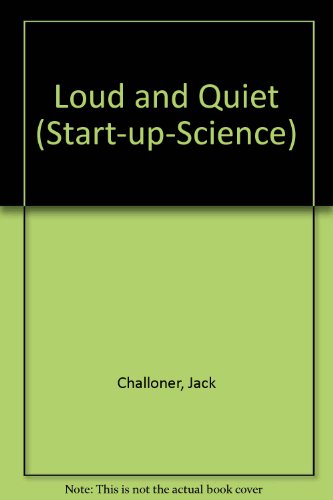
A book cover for Loud and Quiet (Start-up-Science); Jack Challoner; Children's Books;